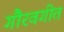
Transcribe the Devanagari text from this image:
गौरवगीत